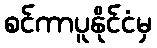
စင်ကာပူနိုင်ငံမှ